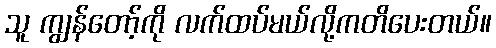
သူ ကျွန်တော့်ကို လက်ထပ်မယ်လို့ကတိပေးတယ်။